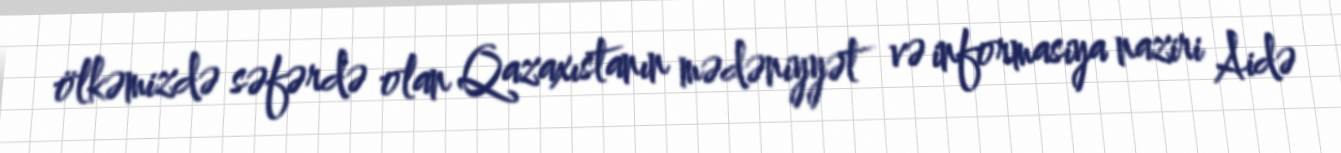
ölkəmizdə səfərdə olan Qazaxıstanın mədəniyyət və informasiya naziri Aidə